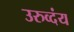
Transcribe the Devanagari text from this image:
उरुव्दंय